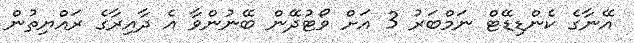
އޭނާގެ ކެންޑިޑޭޓް ނަމްބަރު 3 އަށް ވޯޓުދޭން ބޭނުންވާ އެ ދާއިރާގެ ރައްޔިތުން